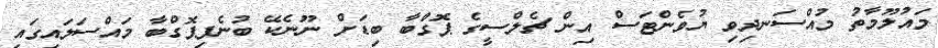
މައުލޫމާތު މުއްސަނދިވި ޔުވެންޓަސް އިން ޗެލްސީގެ ޕޮގްބާ ބިޑަށް ނޫނެކޭ ބުނެފިޕޮގްބާ މައްސަލައިގައި